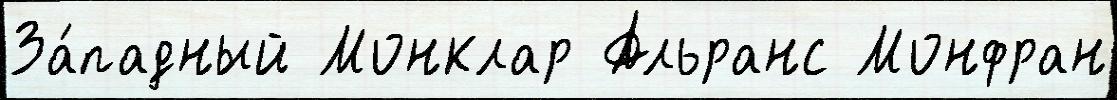
За́падный Монклар Альранс Монфран